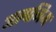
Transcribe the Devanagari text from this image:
अल्घनिम